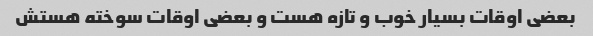
بعضی اوقات بسیار خوب و تازه هست و بعضی اوقات سوخته هستش